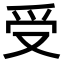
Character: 受